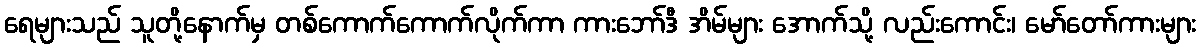
ရေများသည် သူတို့နောက်မှ တစ်ကောက်ကောက်လိုက်ကာ ကားဘော်ဒီ အိမ်များ အောက်သို့ လည်းကောင်း၊ မော်တော်ကားများ